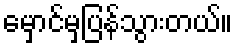
မှောင်မှပြန်သွားတယ်။